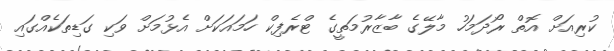
ކުރިއަށް އޮތް ރޯދަމަހު މާލޭގެ ބާޒާރުމަތީގެ ޓްރެފިކް ހަމައަކަށް އެޅުމަށް ވަކި ގަޑިތަކެއްގައި